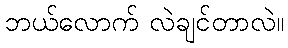
ဘယ်လောက် လဲချင်တာလဲ။